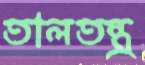
তালতন্ত্র